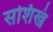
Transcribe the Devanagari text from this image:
सशिखं